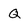
Character: Q